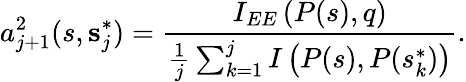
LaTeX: a_{j+1}^{2}(s,\textbf{s}_{j}^{*})=\frac{I_{EE}\left(P(s),q\right)}{\frac{1}{j}\sum_{k=1}^{j}I\left(P(s),P(s_{k}^{*})\right)}.